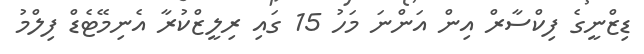
ޑިޒްނީގެ ފިކްސާރް އިން އަންނަ މަހު 15 ގައި ރިލީޒްކުރާ އެނިމޭޓެޑް ފިލްމު